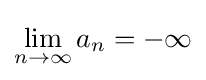
\lim _{n\rightarrow \infty }a_{n}=-\infty